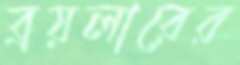
ব্রয়লারের